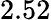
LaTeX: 2.52